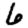
Digit: 6